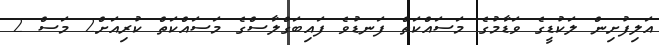
އަލިފުށިން ލަކުޑީގެ ވަޑާމުގެ މަސައްކަތް ފަނޑުވެ ފައިބަގްލާސްގެ މަސައްކަތް ކުރިއަށް2 މަސް 2